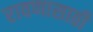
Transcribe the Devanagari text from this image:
रावणासाठी